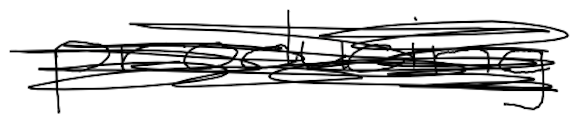
Text: producing
Cross-out: scratch
Writing tool: digital_black